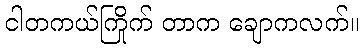
ငါတကယ်ကြိုက် တာက ချောကလက်။